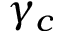
\gamma _ { c }